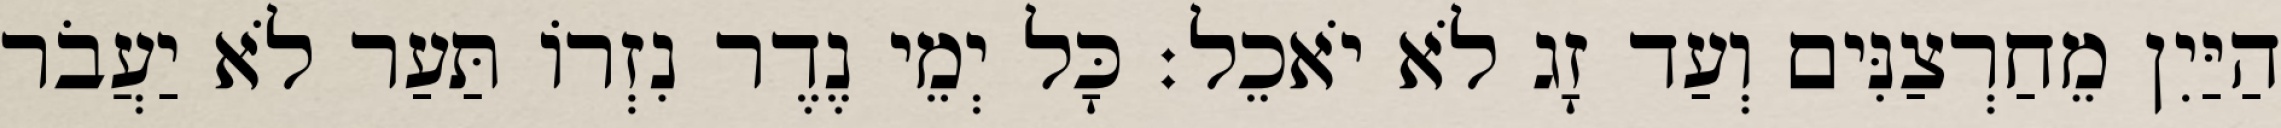
הַיַּיִן מֵחַרְצַנִּים וְעַד זָג לֹא יֹאכֵל׃ כָּל יְמֵי נֶדֶר נִזְרוֹ תַּעַר לֹא יַעֲבֹר